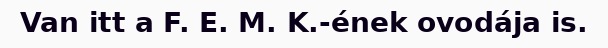
Van itt a F. E. M. K.-ének ovodája is.